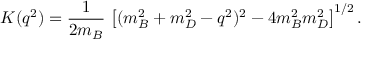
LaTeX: K ( q ^ { 2 } ) = { \frac { 1 } { 2 m _ { B } } } \, \left[ ( m _ { B } ^ { 2 } + m _ { D } ^ { 2 } - q ^ { 2 } ) ^ { 2 } - 4 m _ { B } ^ { 2 } m _ { D } ^ { 2 } \right] ^ { 1 / 2 } .